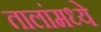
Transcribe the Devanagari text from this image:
तालांमध्ये